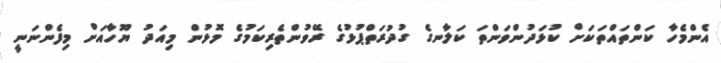
އެންމެހާ ކަންތައްތަކަށް ކުޅަދުންވަންތަ ކަލާނގެ ގުދުރަތްޕުޅުގެ ރޭވުންތެރިކަމުގެ މޮޅުން މިއަދު ޔޫހާއަށް މިފެންނަނީ